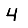
Digit: 4